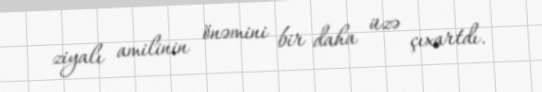
ziyalı amilinin önəmini bir daha üzə çıxartdı.